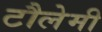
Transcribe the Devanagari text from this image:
टौलेमी